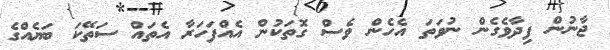
ޖާނުން ފިދާވެގެން ނުވަތަ އެހެން ވެސް ގޮތަކުން އެއްފަހަރާ އެތައް ސަތޭކަ ބަޔެއްގެ